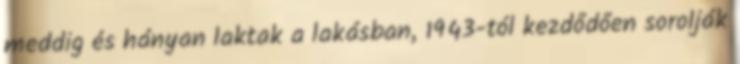
meddig és hányan laktak a lakásban, 1943-tól kezdődően sorolják